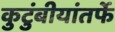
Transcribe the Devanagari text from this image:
कुटुंबीयांतर्फे